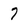
Character: 7